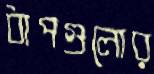
ধাপগুলোর